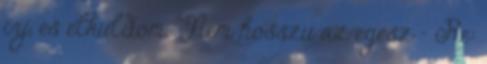
irj, es elkuldom. Nem hosszu az egesz - Re: